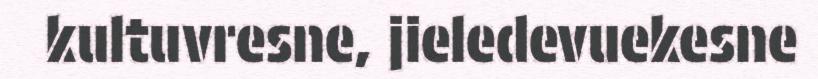
kultuvresne, jieledevuekesne